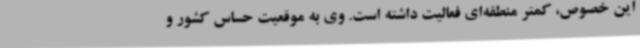
این خصوص، کمتر منطقه‌ای فعالیت داشته است. وی به موقعیت حساس کشور و